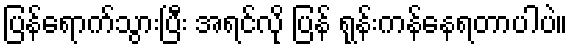
ပြန်ရောက်သွားပြီး အရင်လို ပြန် ရုန်းကန်နေရတာပါပဲ။